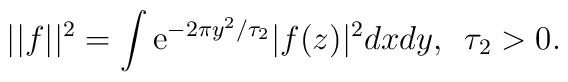
||f||^2=\int {\mathrm e}^{-2\pi y^2/\tau_2}|f(z)|^2dxdy,\,\,\,\tau_2>0.